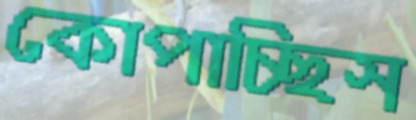
কোপাচ্ছিস